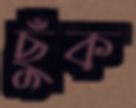
ছুঁক